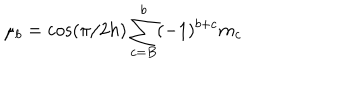
\mu _ { b } = \cos ( \pi / 2 h ) \sum _ { c = B } ^ { b } ( - 1 ) ^ { b + c } m _ { c }